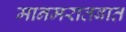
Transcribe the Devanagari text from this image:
मानमरातबात